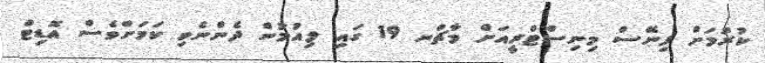
ކުރުމަށް ފިނޭސް މިނިސްޓްރީއަށް މާޗްނ 19 ގައި ލިއުމުން ދެންނެވި ކަމަށްވެސް އޮޑިޓް